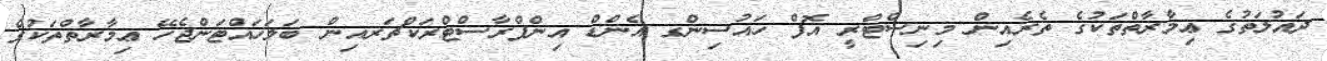
ދައުލަތުގެ ޢިމާރާތްތަކުގެ ތެރެއިން މިނިސްޓްރީ އޮފް ހައުސިންގ އެންޑް އިންފްރާސްޓްރަކްޗަރއިން ބަލަހައްޓަންޖެހޭ ޢިމާރާތްތަކުގެ